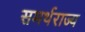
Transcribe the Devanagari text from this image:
समर्थराज्य